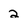
Character: 2